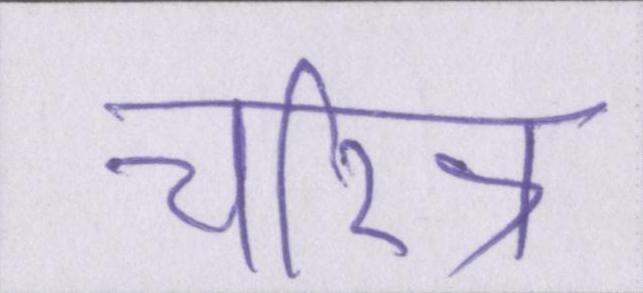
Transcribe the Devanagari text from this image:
चरित्र